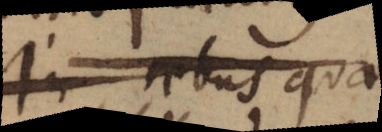
In rebus qua